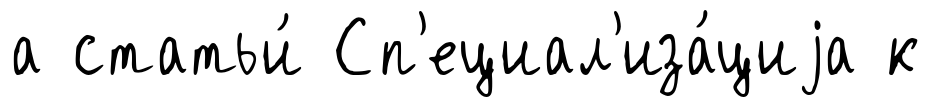
а статьи́ Сп'ециал'иза́циjа к